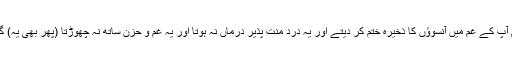
اگر آپ نے صبر کا حکم اور نالہ و فریاد سے روکا نہ ہوتا تو ہم آپ کے غم میں آنسوؤں كا ذخیرہ ختم کر دیتے اور یہ درد منت پذیر درماں نہ ہوتا اور یہ غم و حزن ساتھ نہ چھوڑتا (پھر بھی یہ) گریہ و بکا اور اندوہ حزن آپ کی مصیبت کے مقابلہ میں کم ہوتا۔